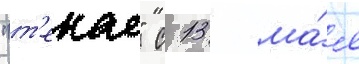
"т'екае" с 13 ма́я